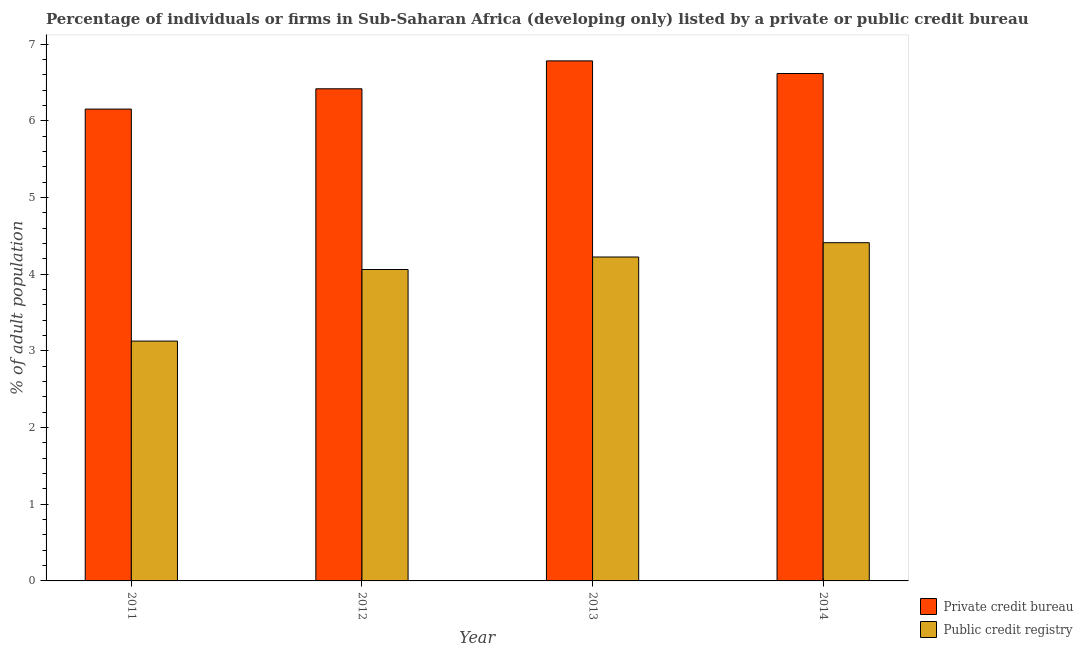
| Year | Private credit bureau | Public credit registry |
 | --- | --- | --- |
 | 2011 | 6.15 | 3.13 |
 | 2012 | 6.42 | 4.06 |
 | 2013 | 6.78 | 4.22 |
 | 2014 | 6.62 | 4.41 |